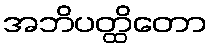
အဘိပတ္ထိတော